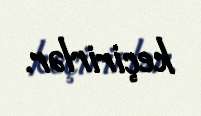
keçirirlər.